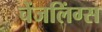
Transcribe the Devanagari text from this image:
चेंजलिंग्स